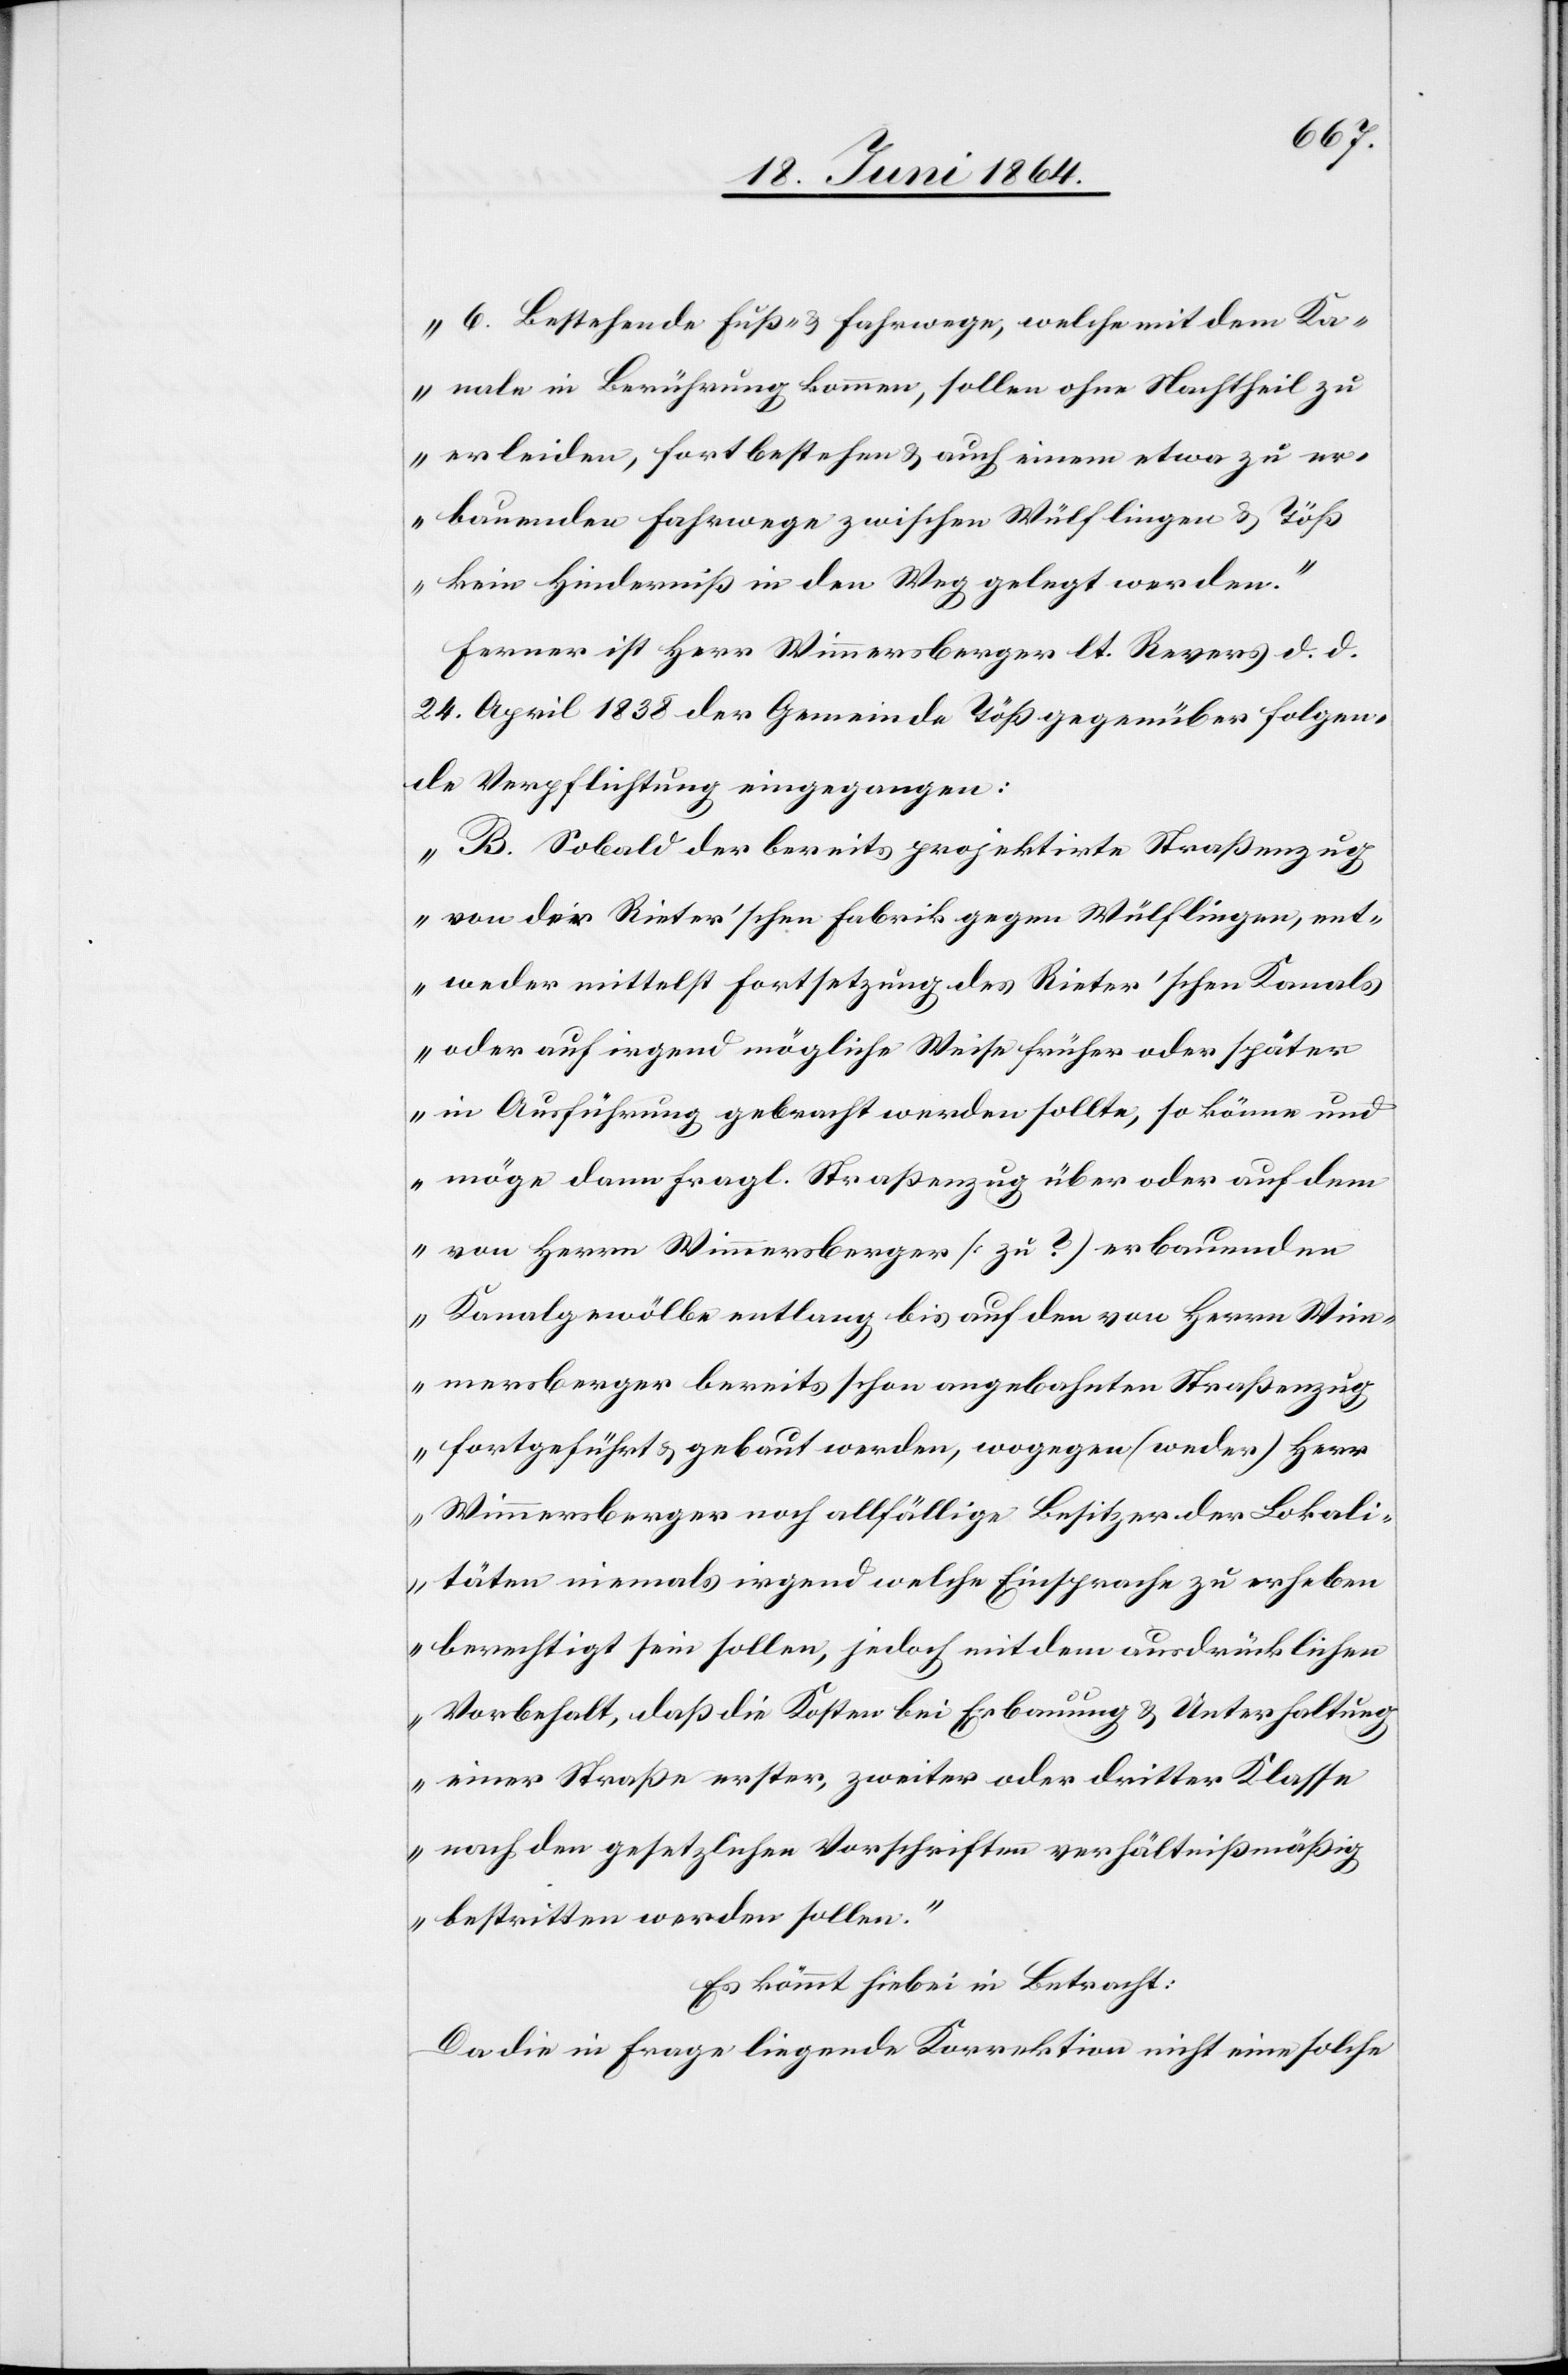
„6. Bestehende Fuß- u. Fahrwege, welche mit dem Ka¬
nale in Berührung kommen, sollen ohne Nachtheil zu
erleiden, fortbestehen u. auch einem etwa zu er¬
bauenden Fahrwege zwischen Wülflingen u. Töß
kein Hindernis in den Weg gelegt werden.“
Ferner ist Herr Wimmersberger lt. Revers d. d.
24. April 1838 der Gemeinde Töß gegenüber folgen¬
de Verpflichtung eingegangen:
„B. Sobald der bereits projektirte Straßenzug
von der Rieter’schen Fabrik gegen Wülflingen, ent¬
weder mittelst Fortsetzung des Rieter’schen Kanals
oder auf irgend mögliche Weise früher oder später
in Ausführung gebracht werden sollte, so könne und
möge dann fragl. Straßenzug über oder auf dem
von Herrn Wimmersberger (zu?) erbauenden
Kanalgewölbe entlang bis auf den von Herrn Wim¬
mersberger bereits schon angebahnten Straßenzug
fortgeführt u. gebaut werden, wogegen (weder) Herr
Wimmersberger noch allfällige Besitzer der Lokali¬
täten niemals irgend welche Einsprache zu erheben
berechtigt sein sollen, jedoch mit dem ausdrücklichen
Vorbehalt, daß die Kosten bei Erbauung u. Unterhaltung
einer Straße erster, zweiter oder dritter Klasse
nach den gesetzlichen Vorschriften verhältnißmäßig
bestritten werden sollen.“
Es kömmt hiebei in Betracht:
Da die in Frage liegende Korrektion nicht eine solche